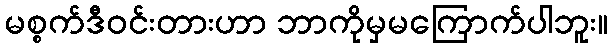
မစ္စက်ဒီဝင်းတားဟာ ဘာကိုမှမကြောက်ပါဘူး။